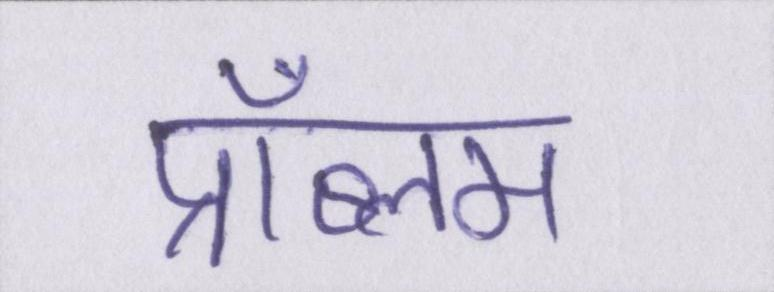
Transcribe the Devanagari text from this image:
प्रॉब्लम